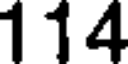
114